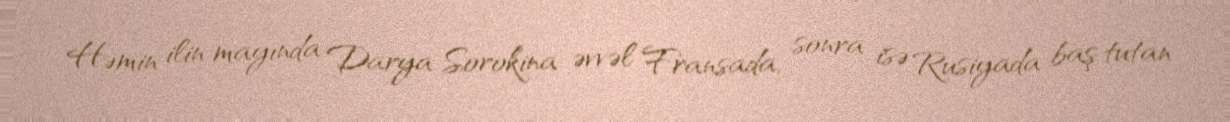
Həmin ilin mayında Darya Sorokina əvvəl Fransada, sonra isə Rusiyada baş tutan